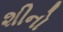
શીનો